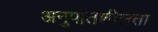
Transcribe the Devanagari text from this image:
अनुपातशीलता